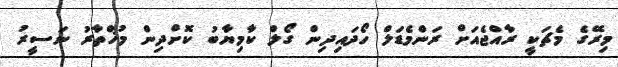
މިރޭގެ މެޗަކީ ރާއްޖެއަށް ރަންމެޑަލް ހޯދައިދިން ގޯލް ކާމިޔާބު ކޮށްދިން މުޚްތާރު ނަސީރު